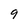
Character: 9